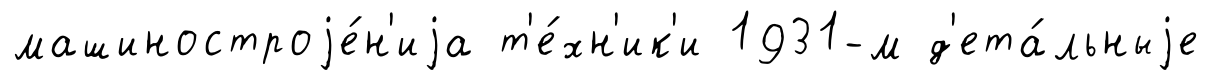
машиностроjе́н'иjа т'е́хн'ик'и 1931-м д'ета́льныjе